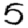
Digit: 5